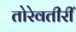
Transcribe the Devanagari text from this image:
तोरेवतीरीं